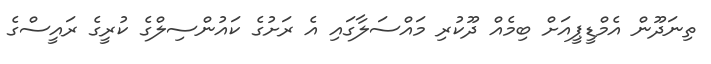
ތިނަދޫން އެމްޑީޕީއަށް ބިމެއް ދޫކުރި މައްސަލާގައި އެ ރަށުގެ ކައުންސިލްގެ ކުރީގެ ރައީސްގެ